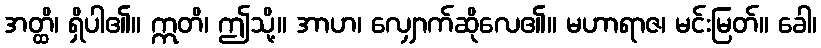
အတ္ထိ၊ ရှိပါ၏။ ဣတိ၊ ဤသို့။ အာဟ၊ လျှောက်ဆိုလေ၏။ မဟာရာဇ၊ မင်းမြတ်။ ခေါ၊